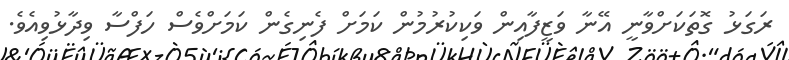
ރަގަޅު ގޮތަކަށްވާނީ އޭނާ ވަޒީފާއިން ވަކިކުރުމުން ކަމަށް ފެނިގެން ކަމަށްވެސް ހަފްސާ ވިދާޅުވިއެވެ.